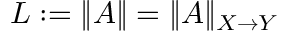
L : = \| A \| = \| A \| _ { X \to Y }